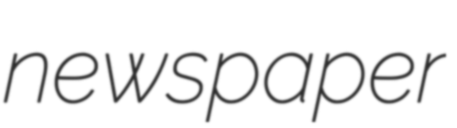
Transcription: newspaper